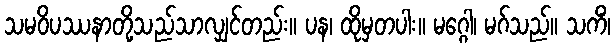
သမဝိပဿနာတို့သည်သာလျှင်တည်း။ ပန၊ ထိုမှတပါး။ မဂ္ဂေါ၊ မဂ်သည်။ သကိံ၊